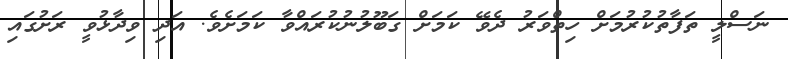
ނަސްލީ ތަފާތުކުރުމަށް ހިތްވަރު ދެވޭ ކަމަށް ގަބޫލުނުކުރައްވާ ކަމަށެވެ. އަދި ވިދާޅުވީ ރަށުގައި